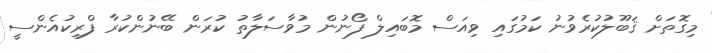
މިގޮތަށް ޤަބޫލުކުރެވުނު ކަމުގައި ވިއަސް މޮބައިލް ފޯނުން މުވާސަލާތު ކުރަން ބޭނުންކުރާ ފްރިކުއެންސީ